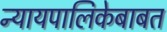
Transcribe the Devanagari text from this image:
न्यायपालिकेबाबत